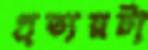
প্রত্যয়টা